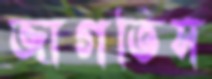
জাগতিস